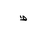
Letter: _da